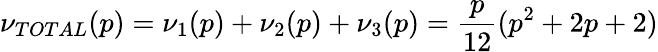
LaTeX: \nu_{TOTAL}(p)=\nu_{1}(p)+\nu_{2}(p)+\nu_{3}(p)=\frac{p}{12}(p^{2}+2p+2)